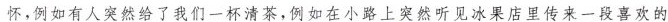
怀,例如有人突然给了我们一杯清茶，例如在小路上突然听见冰果店里传来一段喜欢的